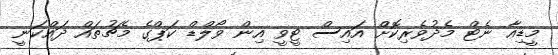
މީޑިއާ ނެޓް މެދުވެރިކޮށް އައިސް ޓީވީ އިން ވޯލްޑް ކަޕްގެ މެޗުތައް ދައްކަނީ